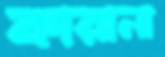
কারানা